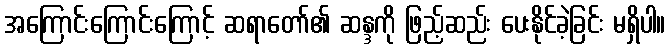
အကြောင်းကြောင်းကြောင့် ဆရာတော်၏ ဆန္ဒကို ဖြည့်ဆည်း ပေးနိုင်ခဲ့ခြင်း မရှိပါ။